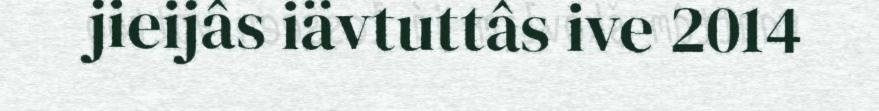
jieijâs iävtuttâs ive 2014